NASA-UAP-D2, Apollo 17 Transcript, 1972
Agency: NASA
Incident date: 1972
Incident location: Moon
Page 10
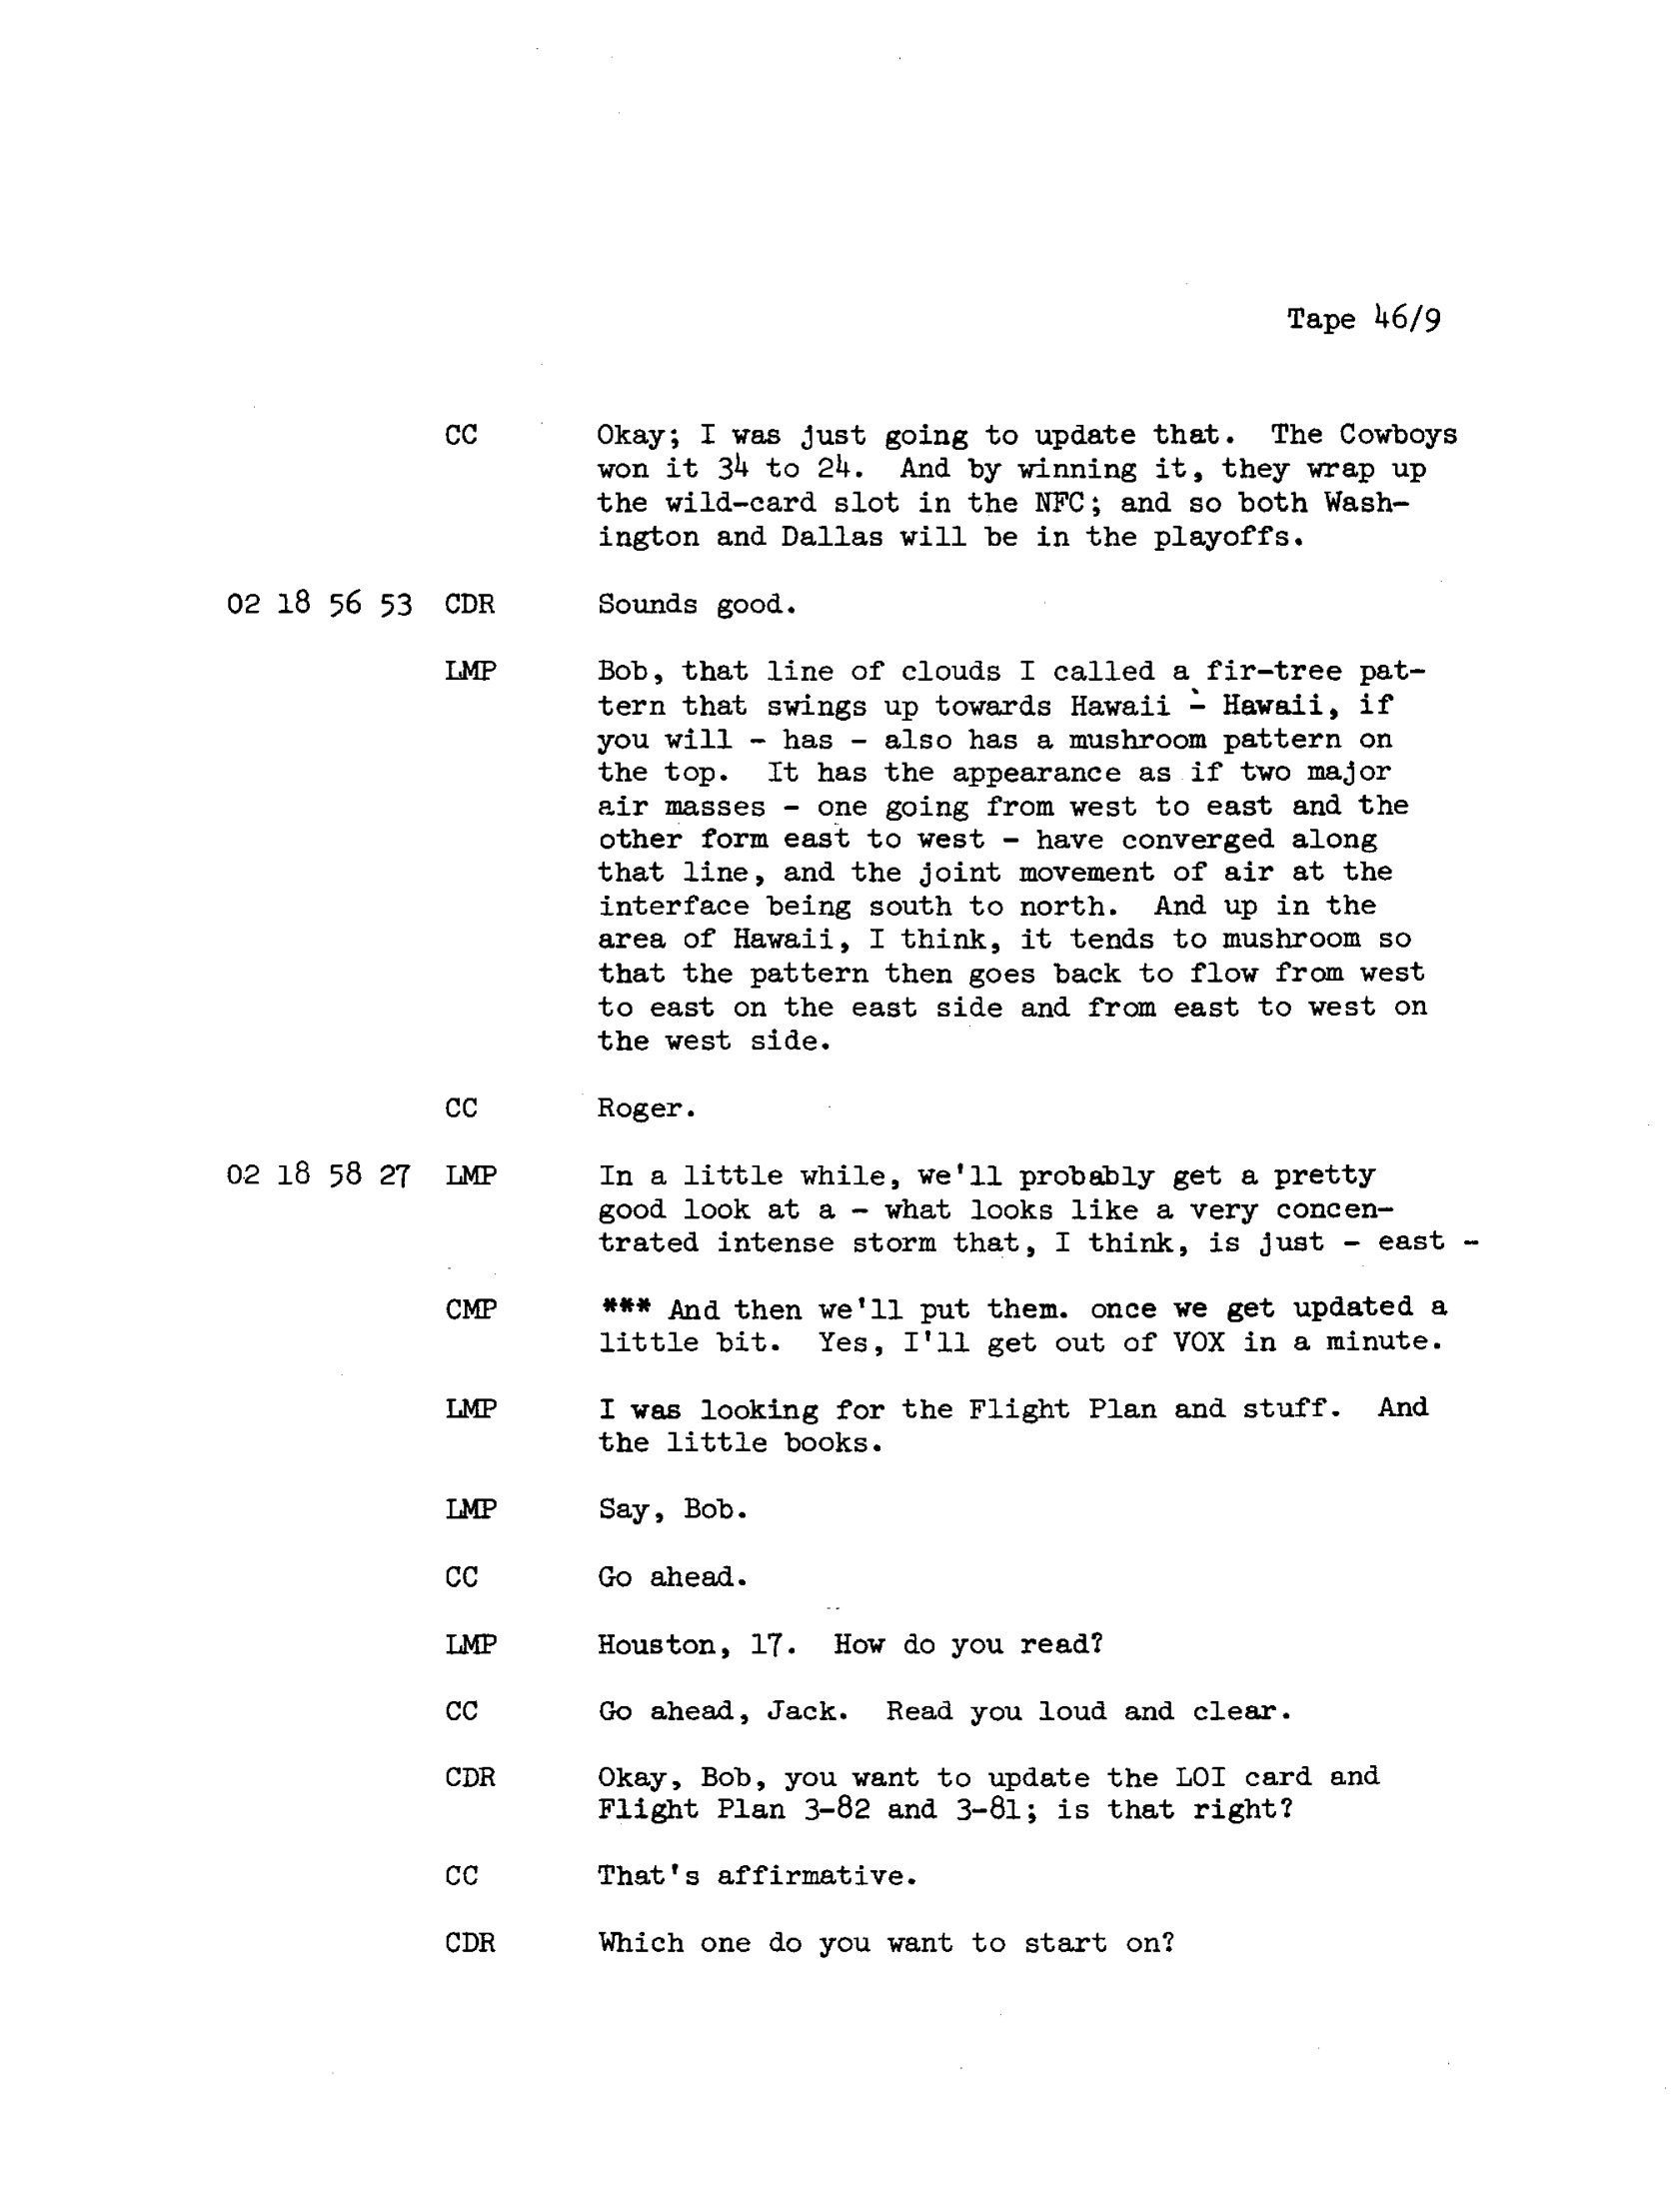